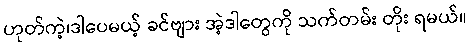
ဟုတ်ကဲ့၊ဒါပေမယ့် ခင်ဗျား အဲ့ဒါတွေကို သက်တမ်း တိုး ရမယ်။